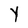
Character: Y